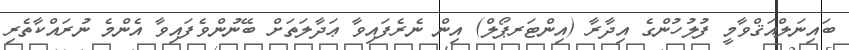
ބައިނަލްއަޤްވާމީ ފުލުހުންގެ އިދާރާ (އިންޓަރޕޯލް) އިން ނެރެފައިވާ ޢަދާލަތަށް ބޭނުންވެފައިވާ އެންމެ ނުރައްކާތެރި